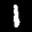
Label: 1